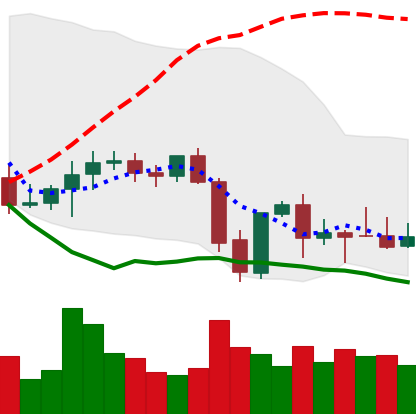
Ticker: XMR-USD
Chart end date: 2021-09-29
Forward return: 12.768%
Label: up_7plus